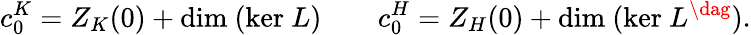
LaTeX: c_{0}^{K}=Z_{K}(0)+\mathrm{dim~}(\mathrm{ker~}L)\qquad c_{0}^{H}=Z_{H}(0)+\mathrm{dim~}(\mathrm{ker~}L^{\dag}).